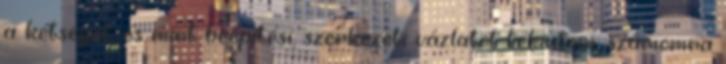
a kétséget, és mint beépítési, szerkezeti vázlatot tekintem, számomra